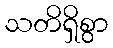
သတိရှိစွာ